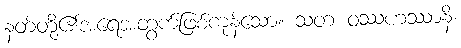
နတ်တို့၏အရေအတွက်ဖြစ်ကုန်သော။ သတံ ဝဿဟဿာနိ၊